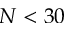
N < 3 0